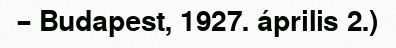
– Budapest, 1927. április 2.)